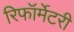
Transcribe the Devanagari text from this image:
रिफॉर्मेटरी